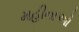
મહીનાઓ